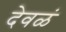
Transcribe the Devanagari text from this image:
देवळं